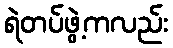
ရဲတပ်ဖွဲ့ကလည်း